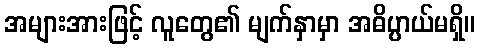
အများအားဖြင့် လူတွေ၏ မျက်နှာမှာ အဓိပ္ပာယ်မရှိ။